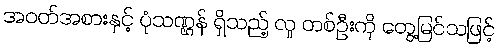
အဝတ်အစားနှင့် ပုံသဏ္ဌန် ရှိသည့် လူ တစ်ဦးကို တွေ့မြင်သဖြင့်